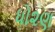
ધો૨ણ